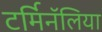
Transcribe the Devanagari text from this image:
टर्मिनॅलिया